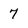
Character: 7